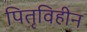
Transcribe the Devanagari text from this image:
पितृविहीन